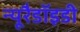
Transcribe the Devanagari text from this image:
न्यूरैडॉइडी